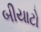
બીયાટો